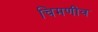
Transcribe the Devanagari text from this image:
चिमणीव